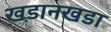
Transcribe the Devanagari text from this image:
खडानखडा